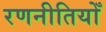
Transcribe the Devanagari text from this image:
रणनीतियोँ